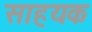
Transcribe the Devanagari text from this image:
साहयक